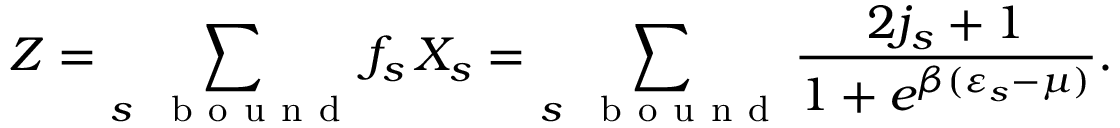
Z = \sum _ { s \mathrm { ~ \, ~ b ~ o ~ u ~ n ~ d ~ } } f _ { s } \, X _ { s } = \sum _ { s \mathrm { ~ \, ~ b ~ o ~ u ~ n ~ d ~ } } \frac { 2 j _ { s } + 1 } { 1 + e ^ { \beta ( \varepsilon _ { s } - \mu ) } } .